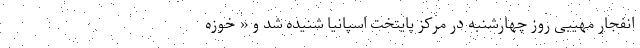
انفجار مهیبی روز چهارشنبه در مرکز پایتخت اسپانیا شنیده شد و « خوزه